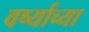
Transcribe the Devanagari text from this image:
वर्ष्याच्या